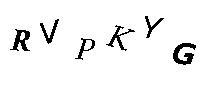
RVPKYG